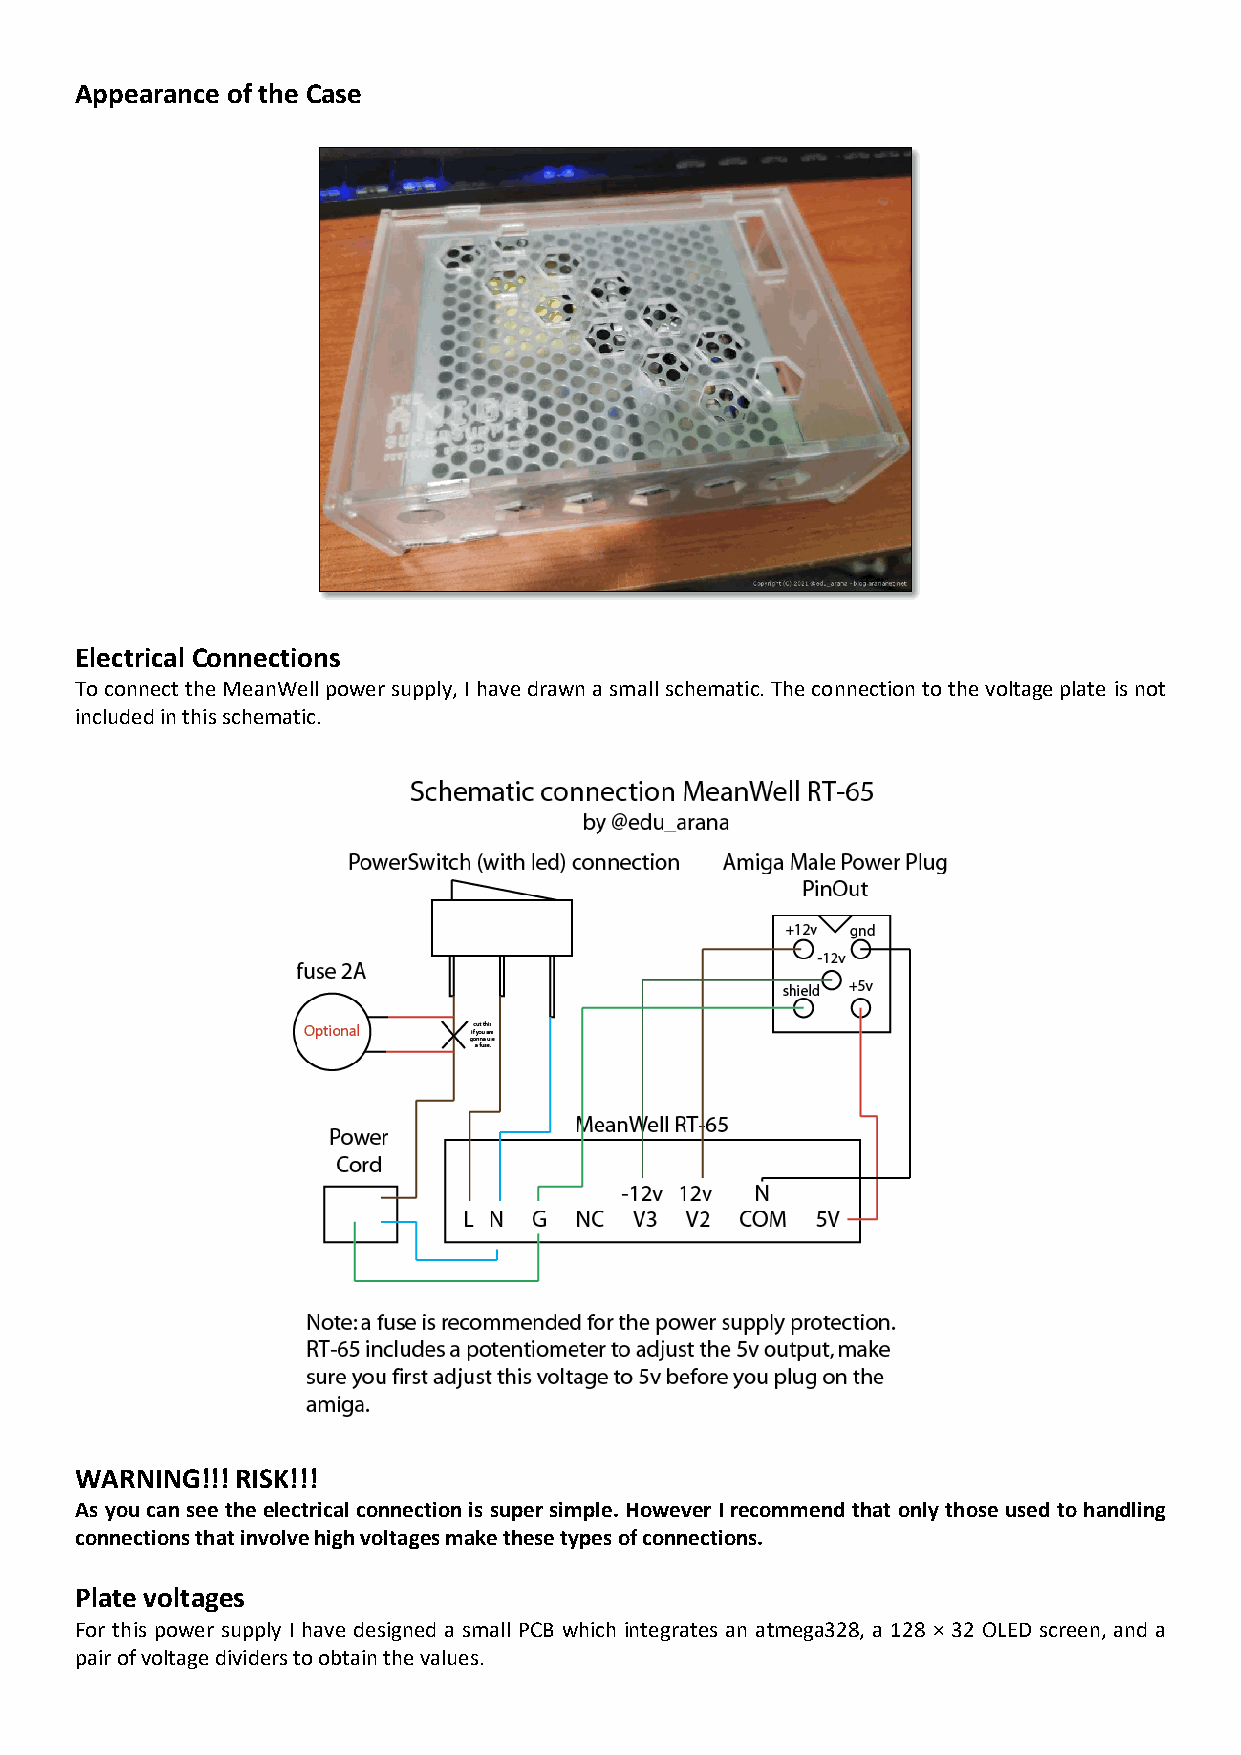
Appearance of the Case
 Electrical Connections
 To connect the MeanWell power supply, I have drawn a small schematic. The connection to the voltage plate is not
 included in this schematic.
 WARNING!!! RISK!!!
 As you can see the electrical connection is super simple. However I recommend that only those used to handling
 connections that involve high voltages make these types of connections.
 Plate voltages
 For this power supply I have designed a small PCB which integrates an atmega328, a 128 × 32 OLED screen, and a
 pair of voltage dividers to obtain the values.